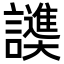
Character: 𬣓